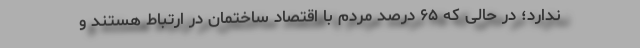
ندارد؛ در حالی که ۶۵ درصد مردم با اقتصاد ساختمان در ارتباط هستند و